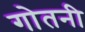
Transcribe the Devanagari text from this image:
गोतनी